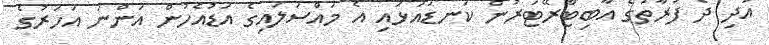
އަދި ދެ ފަރާތުގެ އާބިޓްރޭޓަރުން ކަނޑައަޅައި އެ މައްސަލައިގެ އަޑުއެހުން އަންނަ އަހަރުގެ